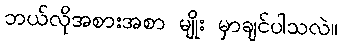
ဘယ်လိုအစားအစာ မျိုး မှာချင်ပါသလဲ။